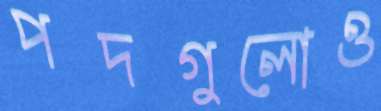
পদগুলোও